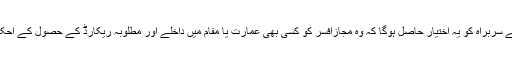
انکوائری کمیشن کے سربراہ کو یہ اختیار حاصل ہوگا کہ وہ مجازافسر کو کسی بھی عمارت یا مقام میں داخلے اور مطلوبہ ریکارڈ کے حصول کے احکامات دے سکے گا۔